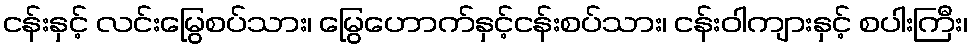
ငန်းနှင့် လင်းမြွေစပ်သား၊ မြွေဟောက်နှင့်ငန်းစပ်သား၊ ငန်းဝါကျားနှင့် စပါးကြီး၊